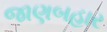
જાણબહાર